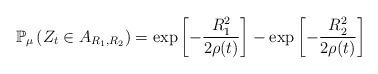
LaTeX: \begin{align*}\mathbb{P}_{\mu }\left( Z_{t}\in A_{R_{1},R_{2}}\right) =\exp \left[ -\frac{R_{1}^{2}}{2\rho (t)}\right] -\exp \left[ -\frac{R_{2}^{2}}{2\rho (t)}\right]\end{align*}